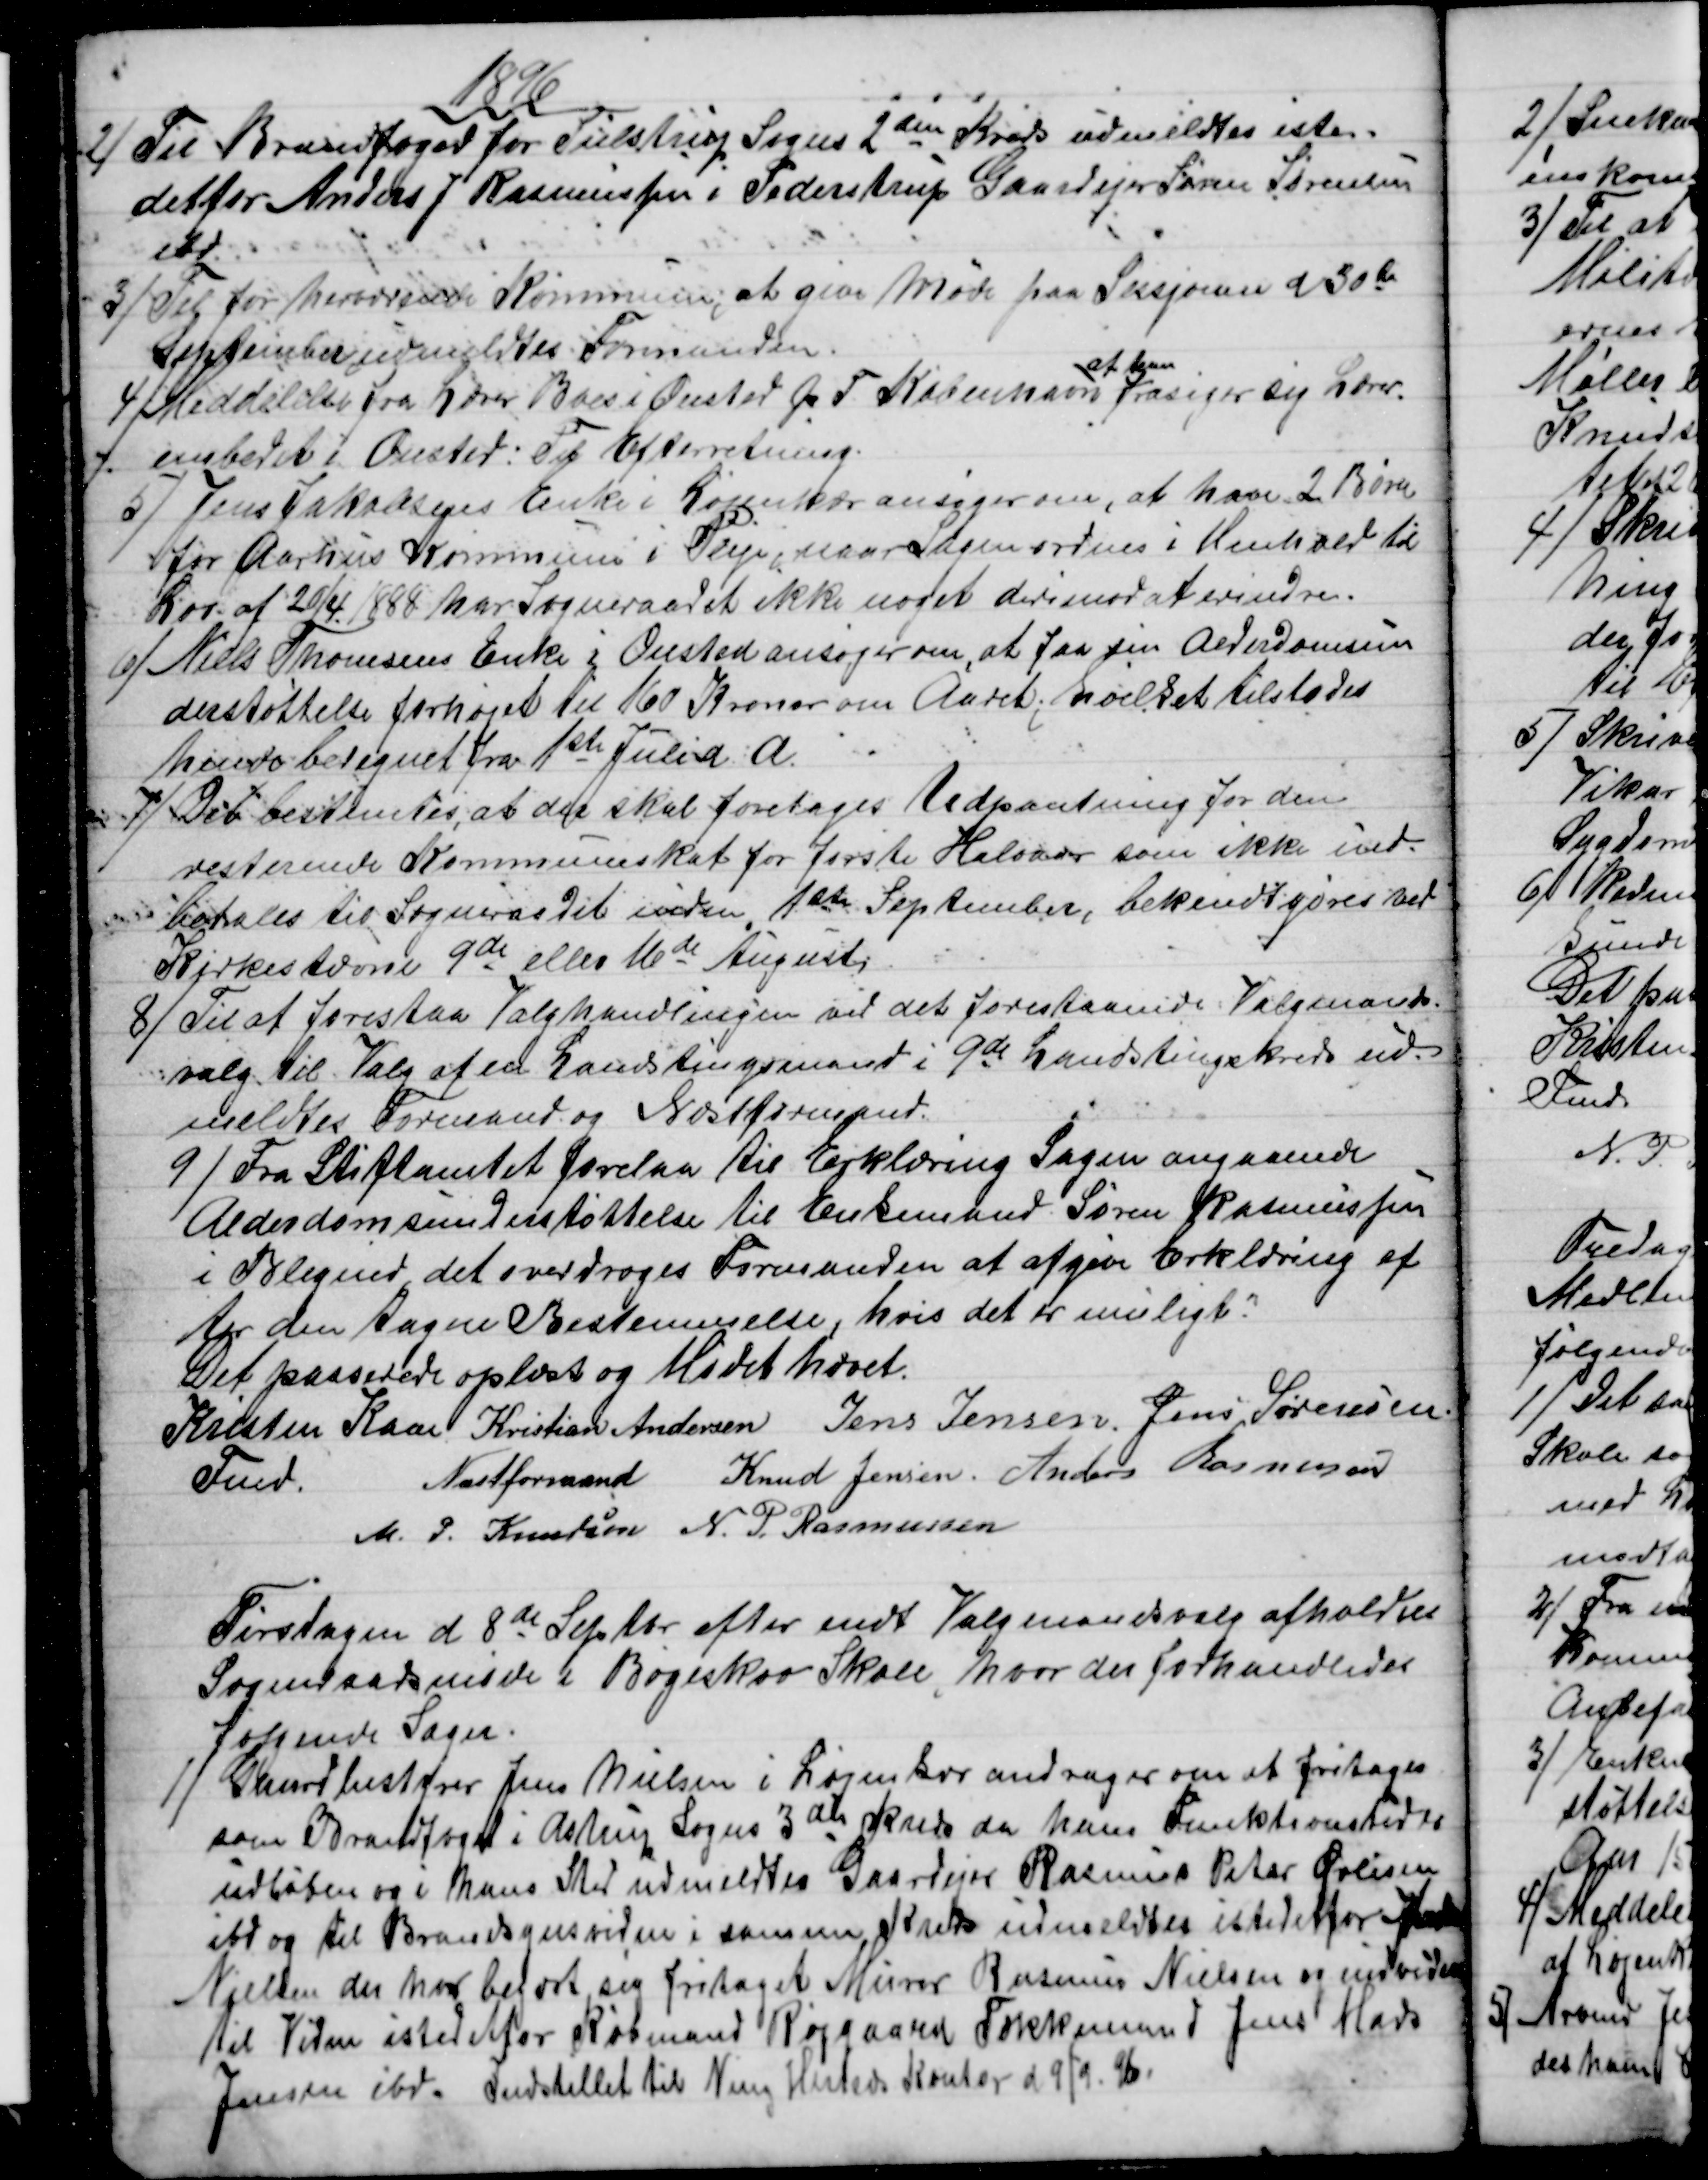
Transskription:
1896
2)
Til Brandfoged for Tulstrup Sogns 2den Kreds udmeldtes iste-
det for Anders J Rasmussen i Pederstrup Gaardejer Søren Sørensen
ibd
3) 
Til for herværende Kommune, at give Møde paa Sessjonen d 30te
September udmeldtes Formanden.
4) 
 Meddelelse fra Lærer Boes Onsted p. T. København 
at han
frasiger sig Lærer-
embedet i Onsted: Til Efterretning.
5) 
Jens Jakobsens Enke i Løjenkær ansøger om, at have 2 Børn
for Aarhus Kommune i Pleje, naar Sagen ordnes i Henhold til
Lov af 20/4 1888 har Sogneraadet ikke noget derimod at erindre.
6) 
Niels Thomsens Enke i Onsted ansøger om, at faa sin Alderdomsun
derstøttelse forhøjet til 160 Kroner om Aaret, hvilket tilstodes
hende beregnet fra 1ste Juli d. A.
7)
Det bestemtes, at der skal foretages Udpantning for den
resterende Kommuneskat for første Halvaar som ikke ind-
betales til Sogneraadet inden 1ste September, bekendtgøres ved
Kirkestævne 9de eller 16de August
8)
Til at forestaa Valghandlingen ved det forestaaende Valgmands-
valg til Valg af en Landstingsmand i 9de Landstingskreds ud-
meldtes Formand og Næstformand.
9) 
Fra Stiftamtet forelaa til Erklæring Sagen angaaende
Alderdomsunderstøttelse til Enkemand Søren Rasmussen
i Blegind, det overdroges Formanden at afgive Erklæring ef
ter den tagne Bestemmelse, hvis det er muligt.
Det passerede oplæst og Mødet hævet.
Kristen Kaae 
Fmd.
Kristian Andersen 
Næstformand 
Jens Jensen. Jens Sørensen.
Knud Jensen Anders Rasmussen
M. P. Knudsen N. P. Rasmussen
Tirsdagen d. 8de Septbr. efter endt Valgmandsvalg afholdtes
Sogneraadsmøde i Bøgeskov Skole, hvor der forhandledes
følgende Sager.
1)
Gaardbestyrer Jens Nielsen i Løjenkær andrager om at fritages
som Brandfoged i Astrup Sogns 3die Kreds da hans Funktionstid er
udløben og i hans Sted udmeldtes Gaardejer Rasmus Peter Øvlisen
ibd og til Brandsynsvidne i samme Kreds udmeldtes istedetfor Anders
Nielsen der har begært sig fritaget Murer Rasmus Nielsen og indvidere
til Vidne istedetfor Købmand Røjgaard Tækkemand Jens Mads
Jensen ibd. Indstillet til Ning Hesreds Kontor d 9/9. 96